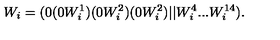
W _ { i } = ( 0 ( 0 W _ { i } ^ { 1 } ) ( 0 W _ { i } ^ { 2 } ) ( 0 W _ { i } ^ { 2 } ) \vert \vert W _ { i } ^ { 4 } . . . W _ { i } ^ { 1 4 } ) .